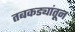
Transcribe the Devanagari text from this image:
तबकड्यांतून